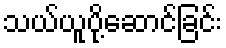
သယ်ယူပို့ဆောင်ခြင်း